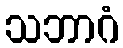
သဘာဂံ